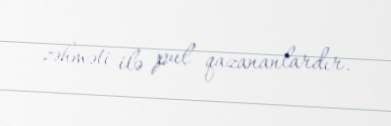
zəhməti ilə pul qazananlardır.